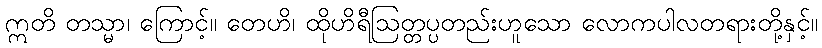
ဣတိ တသ္မာ၊ ကြောင့်။ တေဟိ၊ ထိုဟိရီဩတ္တပ္ပတည်းဟူသော လောကပါလတရားတို့နှင့်။